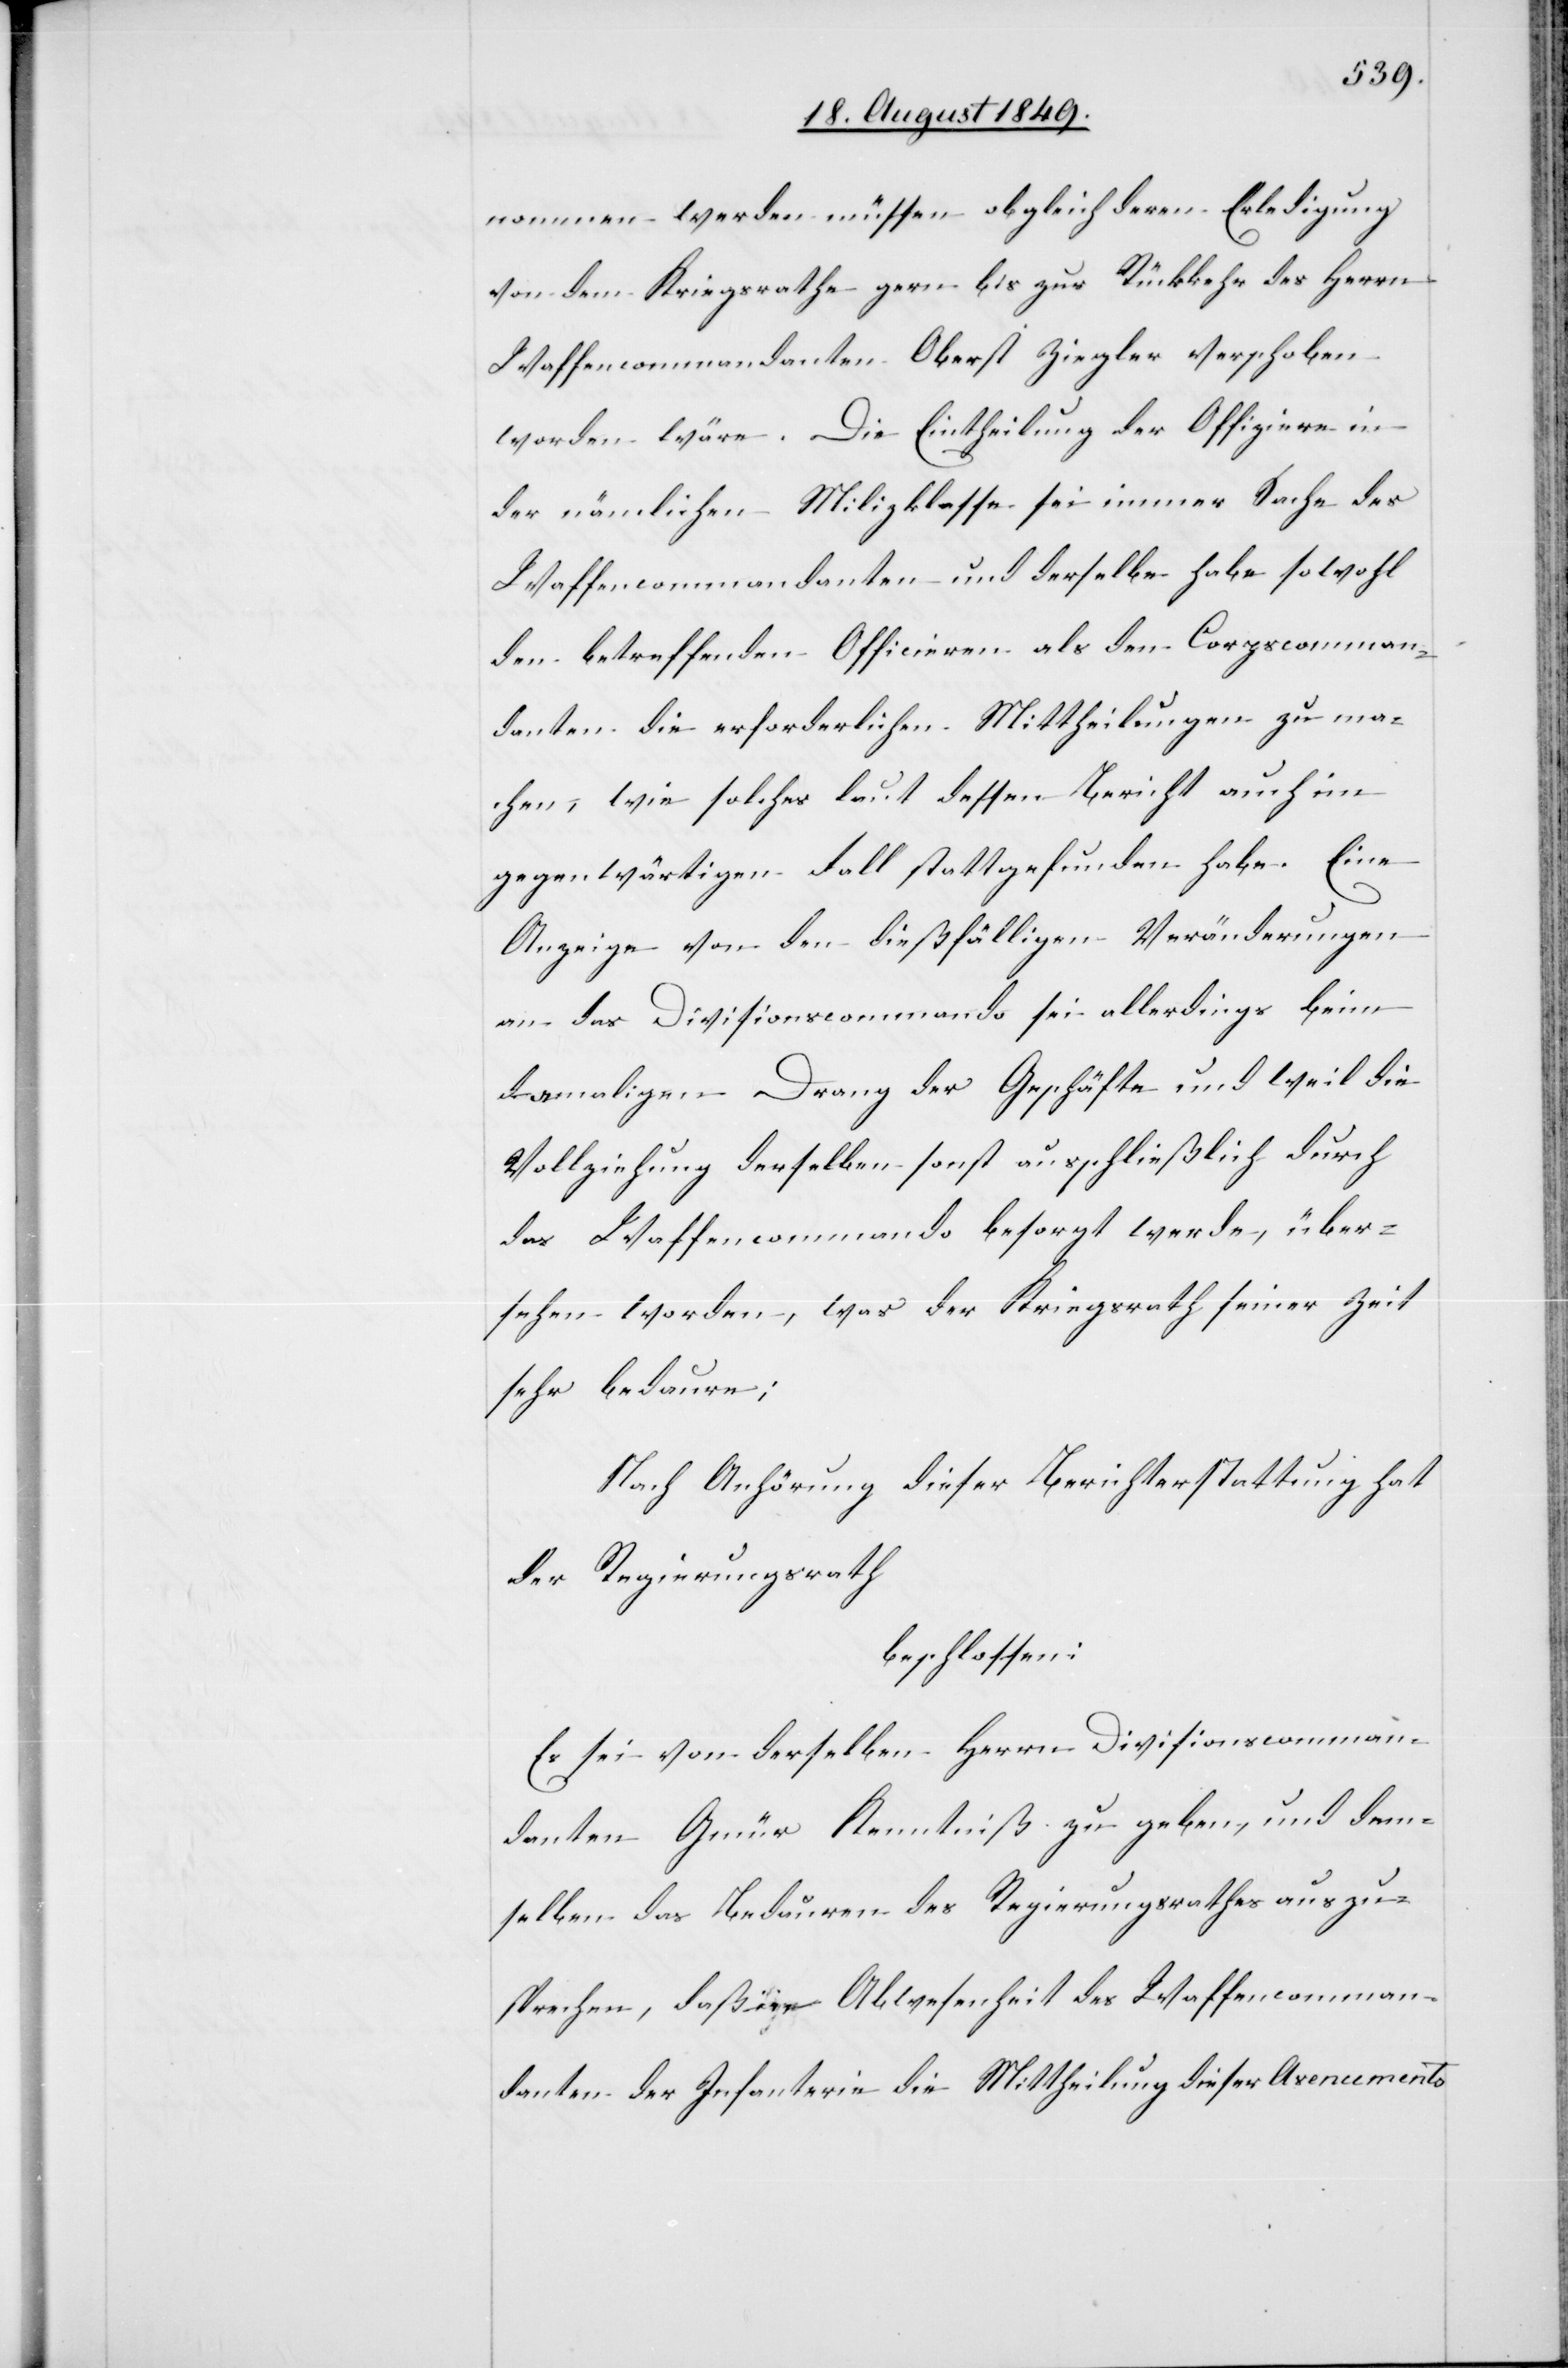
nommen werden müssen obgleich deren Erledigung
von dem Kriegsrathe gern bis zur Rückkehr des Herrn
Waffencommandanten Oberst Ziegler verschoben
worden wäre. Die Eintheilung der Offiziere in
der nämlichen Milizklasse sei immer Sache des
Waffencommandanten und derselbe habe sowohl
den betreffenden Officiren als den Corpscomman¬
danten die erforderlichen Mittheilungen zu ma¬
chen, wie solches laut dessen Bericht auch im
gegenwärtigen Fall stattgefunden habe. Eine
Anzeige von den dießfälligen Veränderungen
an das Divisionscommando sei allerdings beim
damaligen Drang der Geschäfte und weil die
Vollziehung derselben sonst ausschließlich durch
das Waffencommando besorgt werde, über¬
sehen worden, was der Kriegsrath seiner Zeit
sehr bedaure;
Nach Anhörung dieser Berichterstattung hat
der Regierungsrath
beschlossen:
Es sei von derselben Herrn Divisionscomman¬
danten Gmür Kenntniß zu geben, und dem¬
selben das Bedauren des Regierungsrathes auszu¬
sprechen, daß in Abwesenheit des Waffencomman¬
danten der Infanterie die Mittheilung dieser Avencements